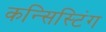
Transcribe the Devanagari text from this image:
कन्सिस्टिंग